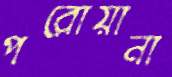
পরোয়ানা